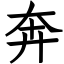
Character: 奔